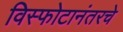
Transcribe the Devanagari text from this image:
विस्फोटानंतरचे